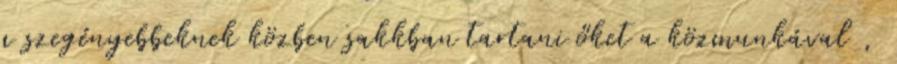
a szegényebbeknek közben sakkban tartani őket a közmunkával ,